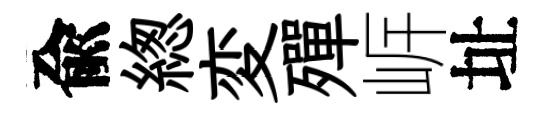
兪緫変殫㟁址